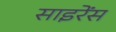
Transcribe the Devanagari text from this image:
साइरेंस